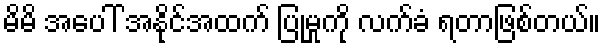
မိမိ အပေါ် အနိုင်အထက် ပြုမှုကို လက်ခံ ရတာဖြစ်တယ်။